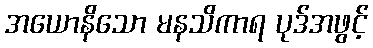
အယောနိသော မနသိကာရ ပုဒ်အဖွင့်